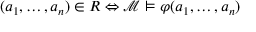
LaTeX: ( a _ { 1 } , \ldots , a _ { n } ) \in R \Leftrightarrow { \mathcal { M } } \vDash \varphi ( a _ { 1 } , \ldots , a _ { n } )